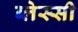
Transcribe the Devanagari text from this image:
ब्लेस्सी